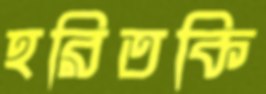
হরিতকি